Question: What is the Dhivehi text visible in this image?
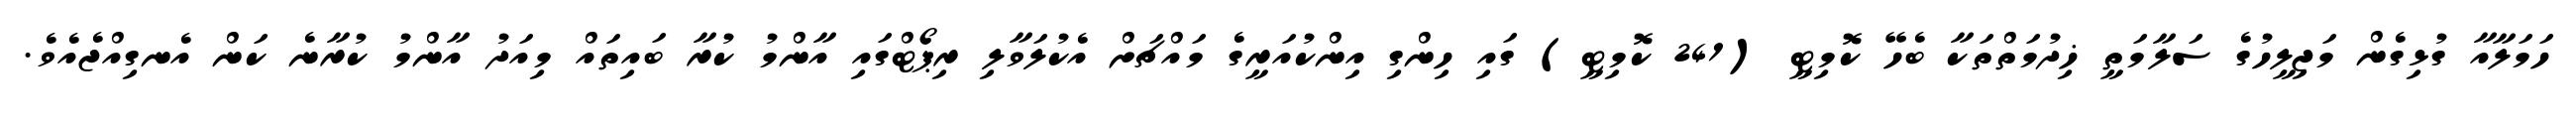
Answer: ހަމަލާއާ ގުޅިގެން މަޖިލީހުގެ ސަލާމަތީ ޚިދުމަތްތަކާ ބެހޭ ކޮމިޓީ (241 ކޮމިޓީ) ގައި ހިންގި އިންކުއަރީގެ މައްޗަށް އެކުލަވާލި ރިޕޯޓްގައި އާންމު ކުރާ ބައިތައް މިއަދު އާންމު ކުރާނެ ކަން އެނގިއްޖެއެވެ.